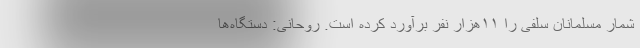
شمار مسلمانان سلفی را ۱۱هزار نفر برآورد کرده است. روحانی: دستگاه‌ها